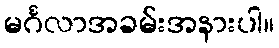
မင်္ဂလာအခမ်းအနားပါ။